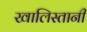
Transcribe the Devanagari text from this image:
खालिस्तानी